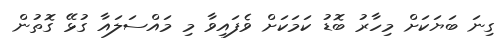
ގިނަ ބަޔަކަށް މިހާރު ބޮޑު ކަމަކަށް ވެފައިވާ މި މައްސަލައާ ގުޅޭ ގޮތުން